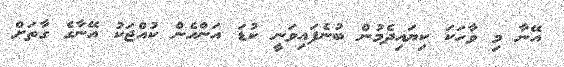
އޭނާ މި ވާހަކަ ކިޔައިދެމުން ބުނެފައިވަނީ ކުޑަ އަންހެން ކުއްޖަކު އޭނާގެ ގާތަށް